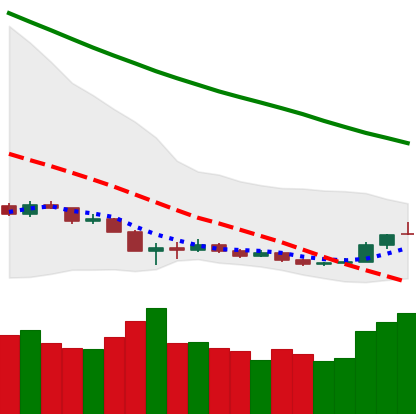
Ticker: ETH-USD
Chart end date: 2018-12-19
Forward return: 38.481%
Label: up_7plus